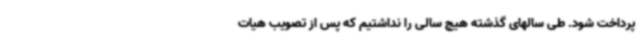
پرداخت شود. طی سالهای گذشته هیچ سالی را نداشتیم که پس از تصویب هیات